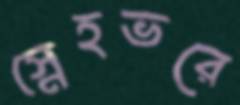
স্নেহভরে